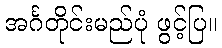
အင်္ဂတိုင်းမည်ပုံ ဖွင့်ပြ။